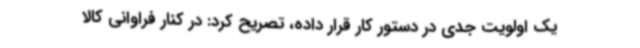
یک اولویت جدی در دستور کار قرار داده، تصریح کرد: در کنار فراوانی کالا